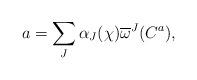
LaTeX: \begin{align*}a=\sum_J \alpha_J(\chi)\overline{\omega}^J(C^a),\end{align*}